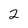
Character: 2